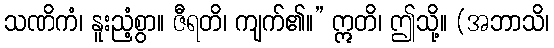
သဏိကံ၊ နူးညံ့စွာ။ ဇီရတိ၊ ကျက်၏။” ဣတိ၊ ဤသို့။ (အဘာသိ၊